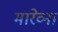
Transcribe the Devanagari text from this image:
मारेव्ना